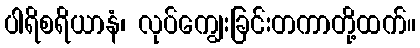
ပါရိစရိယာနံ၊ လုပ်ကျွေးခြင်းတကာတို့ထက်။